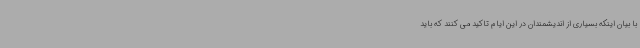
با بیان اینکه بسیاری از اندیشمندان در این ایام تاکید می کنند که باید